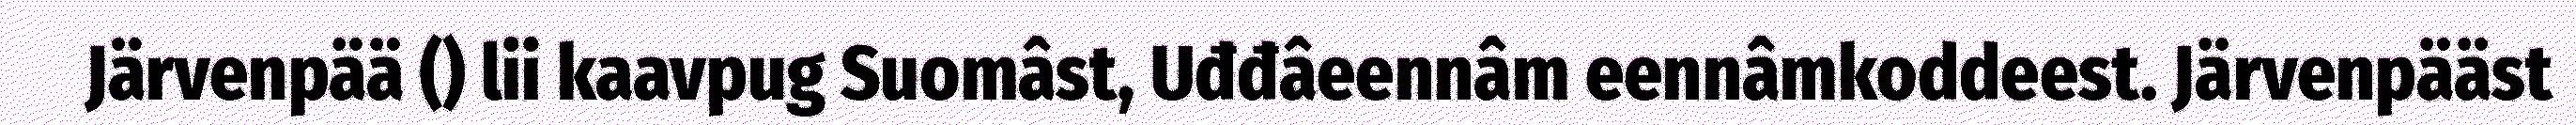
Järvenpää () lii kaavpug Suomâst, Uđđâeennâm eennâmkoddeest. Järvenpääst